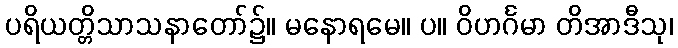
ပရိယတ္တိသာသနာတော်၌။ မနောရမေ။ ပ။ ဝိဟင်္ဂမာ တိအာဒီသု၊